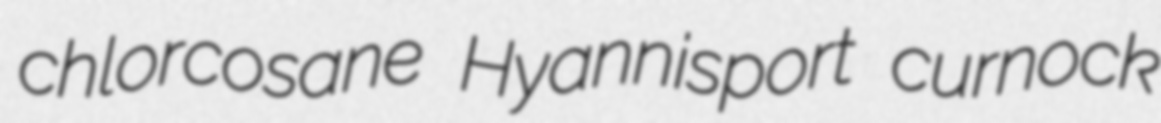
chlorcosane Hyannisport curnock